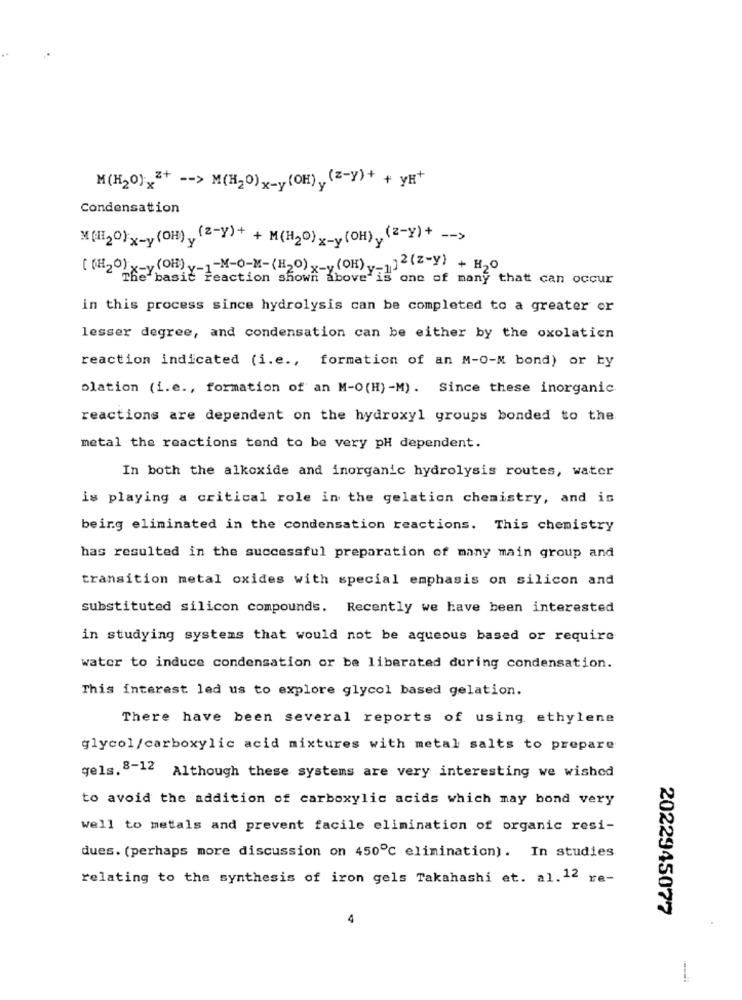
M(H2O)z+ -- > M(H2O)x-y (OH) (z-y)+ + YR+
Condensation
M(H2O)x-y (OH) y (2-y) + + M(H2O)x-y (OH) (z-Y)+ -- >
( (H2o) x-y(OH) y-1-M-O-M-(H2O) x-y(OH) v-1]2(z-y) + H2O
reaction shown above is
one of many that can occur
in this process since hydrolysis can be completed to a greater or
lesser degree, and condensation can be either by the oxolatien
reaction indicated (i.e ., formation of an M-O-M bond) or by
plation (i.e ., formation of an M-O(H) -M). Since these inorganic
reactions are dependent on the hydroxyl groups bonded to the
metal the reactions tend to be very pH dependent.
In both the alkoxide and inorganic hydrolysis routes, water
is playing a critical role in the gelation chemistry, and is
being eliminated in the condensation reactions. This chemistry
has resulted in the successful preparation of many main group and
transition metal oxides with special emphasis on silicon and
substituted silicon compounds. Recently we have been interested
in studying systems that would not be aqueous based or require
water to induce condensation or be liberated during condensation.
This interest led us to explore glycol based gelation.
There have been several reports of using ethylene
glycol/carboxylic acid mixtures with metal salts to prepare
gels. 8-12 Although these systems are very interesting we wished
to avoid the addition of carboxylic acids which may bond very
well to metals and prevent facile elimination of organic resi-
dues. (perhaps more discussion on 450℃ elimination). In studies
relating to the synthesis of iron gels Takahashi et. al. 12 re-
2022945077
4